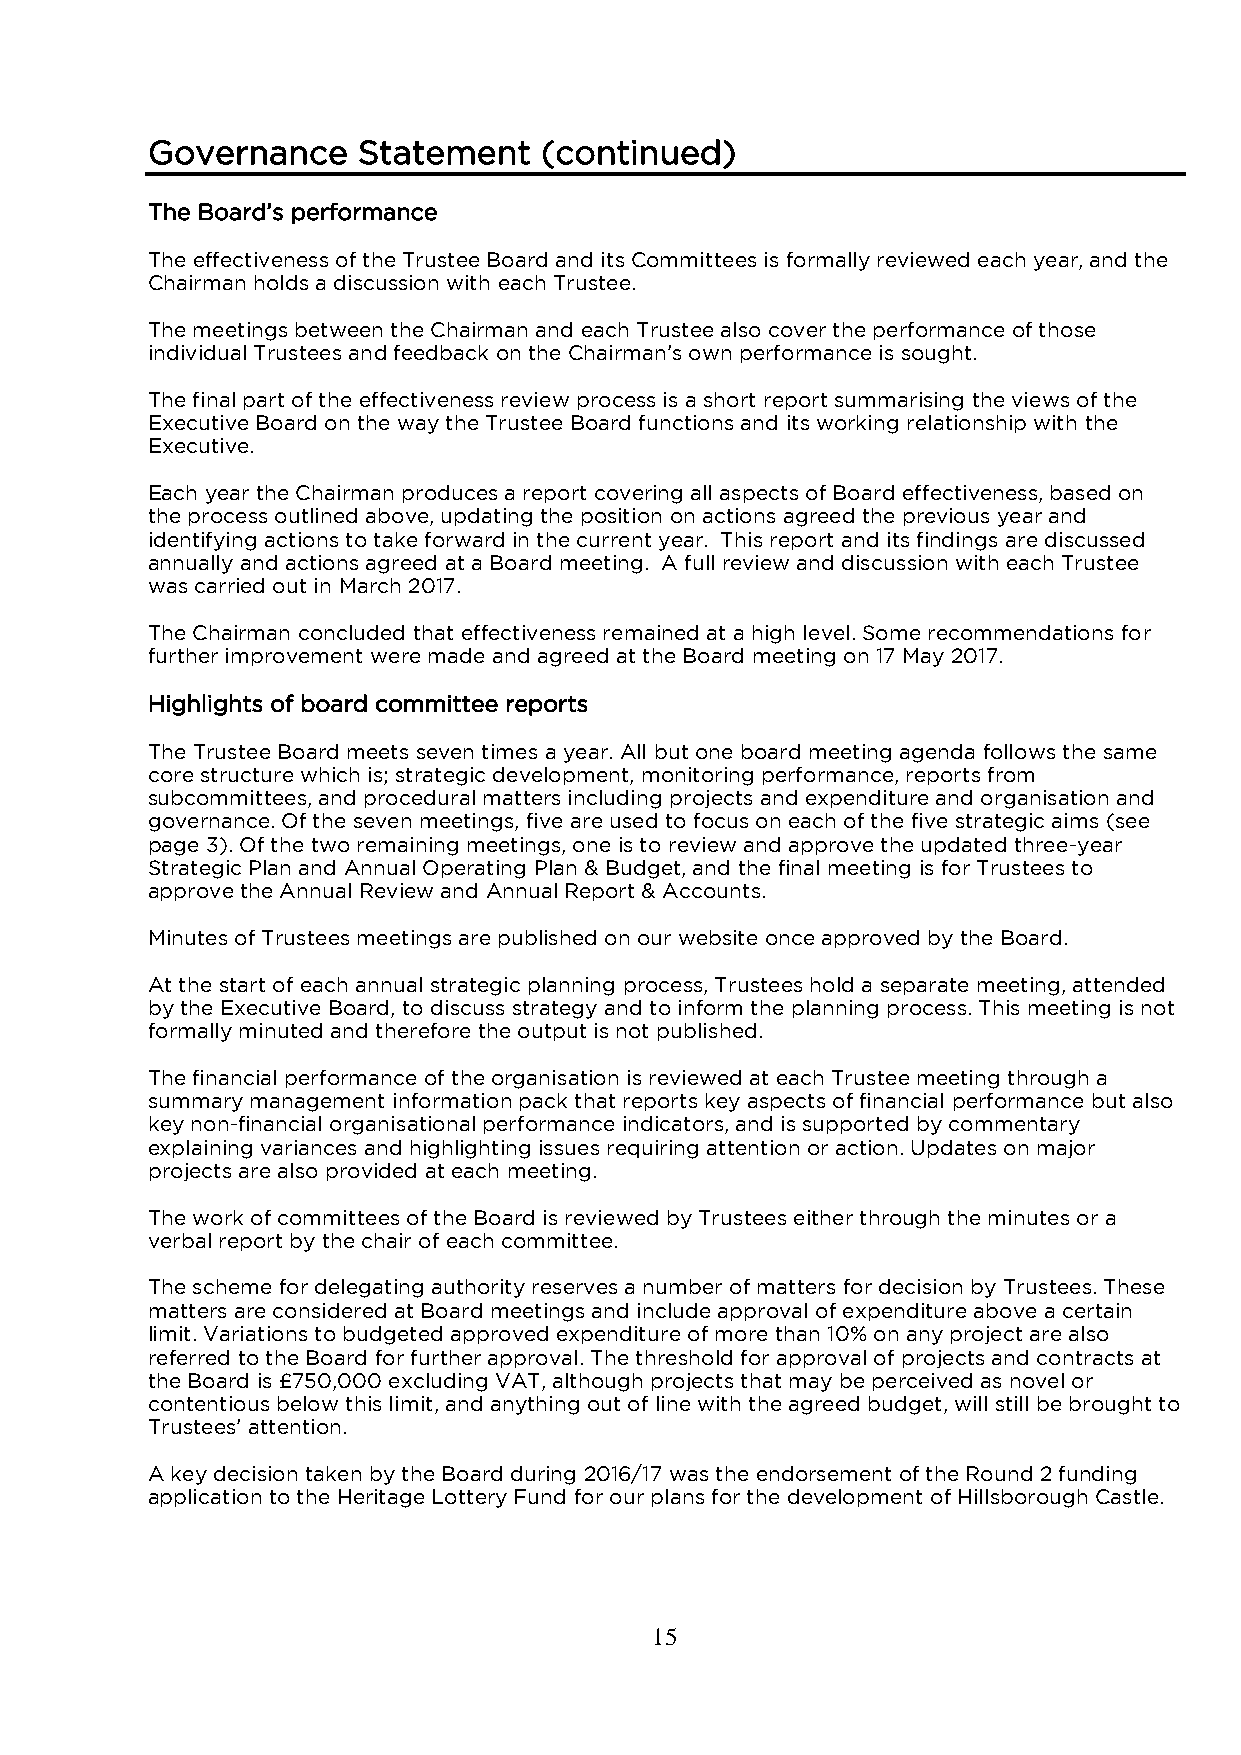
Governance    Statement   (continued)
 The Board’s performance
 The effectiveness of the Trustee Board and its Committees is formally reviewed each year, and the
 Chairman holds a discussion with each Trustee.
 The meetings between the Chairman and each Trustee also cover the performance of those
 individual Trustees and feedback on the Chairman’s own performance is sought.
 The final part of the effectiveness review process is a short report summarising the views of the
 Executive Board on the way the Trustee Board functions and its working relationship with the
 Executive.
 Each year the Chairman produces a report covering all aspects of Board effectiveness, based on
 the process outlined above, updating the position on actions agreed the previous year and
 identifying actions to take forward in the current year. This report and its findings are discussed
 annually and actions agreed at a Board meeting. A full review and discussion with each Trustee
 was carried out in March 2017.
 The Chairman concluded that effectiveness remained at a high level. Some recommendations for
 further improvement were made and agreed at the Board meeting on 17 May 2017.
 Highlights of board committee reports
 The Trustee Board meets seven times a year. All but one board meeting agenda follows the same
 core structure which is; strategic development, monitoring performance, reports from
 subcommittees, and procedural matters including projects and expenditure and organisation and
 governance. Of the seven meetings, five are used to focus on each of the five strategic aims (see
 page 3). Of the two remaining meetings, one is to review and approve the updated three-year
 Strategic Plan and Annual Operating Plan & Budget, and the final meeting is for Trustees to
 approve the Annual Review and Annual Report & Accounts.
 Minutes of Trustees meetings are published on our website once approved by the Board.
 At the start of each annual strategic planning process, Trustees hold a separate meeting, attended
 by the Executive Board, to discuss strategy and to inform the planning process. This meeting is not
 formally minuted and therefore the output is not published.
 The financial performance of the organisation is reviewed at each Trustee meeting through a
 summary management information pack that reports key aspects of financial performance but also
 key non-financial organisational performance indicators, and is supported by commentary
 explaining variances and highlighting issues requiring attention or action. Updates on major
 projects are also provided at each meeting.
 The work of committees of the Board is reviewed by Trustees either through the minutes or a
 verbal report by the chair of each committee.
 The scheme for delegating authority reserves a number of matters for decision by Trustees. These
 matters are considered at Board meetings and include approval of expenditure above a certain
 limit. Variations to budgeted approved expenditure of more than 10% on any project are also
 referred to the Board for further approval. The threshold for approval of projects and contracts at
 the Board is £750,000 excluding VAT, although projects that may be perceived as novel or
 contentious below this limit, and anything out of line with the agreed budget, will still be brought to
 Trustees’ attention.
 A key decision taken by the Board during 2016/17 was the endorsement of the Round 2 funding
 application to the Heritage Lottery Fund for our plans for the development of Hillsborough Castle.
 15